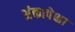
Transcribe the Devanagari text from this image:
अंकापेक्षा